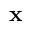
\mathbf x